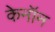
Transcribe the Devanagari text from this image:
केनॉन